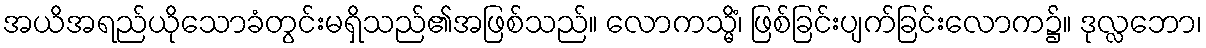
အယိအရည်ယိုသောခံတွင်းမရှိသည်၏အဖြစ်သည်။ လောကသ္မိံ၊ ဖြစ်ခြင်းပျက်ခြင်းလောက၌။ ဒုလ္လဘော၊